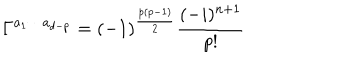
LaTeX: \Gamma ^ { a _ { 1 } \cdots a _ { d - p } } = ( - 1 ) ^ { \frac { p ( p - 1 ) } { 2 } } \frac { ( - i ) ^ { n + 1 } } { p ! }